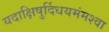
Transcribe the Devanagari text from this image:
यदाक्षिषुर्दिधयमंमश्वा